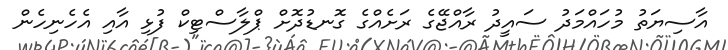
އާސިޔަތު މުހައްމަދު ސައީދު ރާއްޖޭގެ ރަށެއްގެ ގޮނޑުދޮށް ޕްލާސްޓިކް ފުޅި އާއި އެހެނިހެން